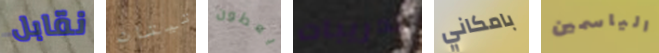
نقابل تيتان يعطون تدريبات بامكاني الياسمين